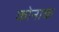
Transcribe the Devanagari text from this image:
कोनाक